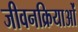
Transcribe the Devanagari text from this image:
जीवनक्रियाओं